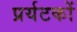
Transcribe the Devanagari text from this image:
प्रर्यटकों